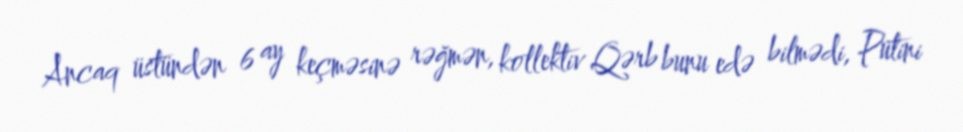
Ancaq üstündən 6 ay keçməsinə rəğmən, kollektiv Qərb bunu edə bilmədi, Putini